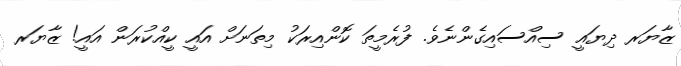
ޒާޔަރ ދިޔައީ ސިއްސައިގެންނެވެ. ފުރެމީތަ ކޮންއިރަކު މިތަނަށް އައީ ކީއްކުރަން އައީ! ޒާޔަރ